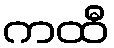
ကထီ